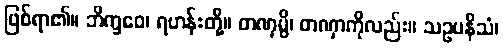
ဖြစ်ရာ၏။ ဘိက္ခဝေ၊ ရဟန်းတို့။ တဏှမ္ပိ၊ တဏှာကိုလည်း။ သဥပနိသံ၊